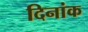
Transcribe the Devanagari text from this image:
दिनांक